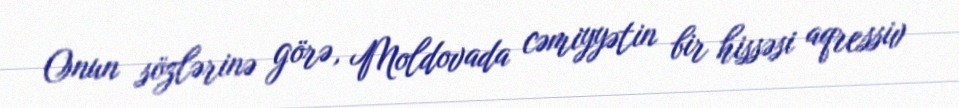
Onun sözlərinə görə, Moldovada cəmiyyətin bir hissəsi aqressiv